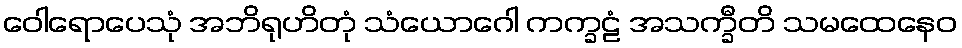
ဝေါရောပေသုံ အဘိရုဟိတုံ သံယောဂေါ ကက္ခဠံ အသက္ခီတိ သမထေနေဝ